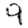
Digit: 9